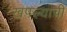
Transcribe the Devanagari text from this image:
खपल्याची